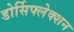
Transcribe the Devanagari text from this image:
डोर्सिफ्लेक्शन